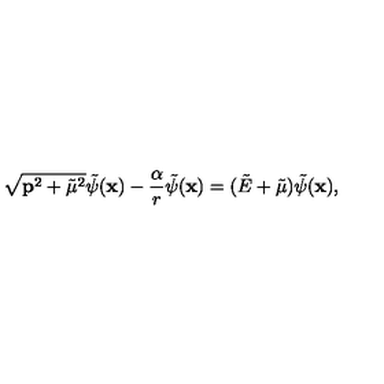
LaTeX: \sqrt { { \bf p } ^ { 2 } + { { \tilde { \mu } } } ^ { 2 } } { \tilde { \psi } ( { \bf x } ) } - { \frac { \alpha } { r } } { \tilde { \psi } } ( { \bf x } ) = ( { \tilde { E } } + { \tilde { \mu } } ) { \tilde { \psi } } ( { \bf x } ) ,